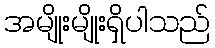
အမျိုးမျိုးရှိပါသည်